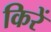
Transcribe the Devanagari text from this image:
किरें